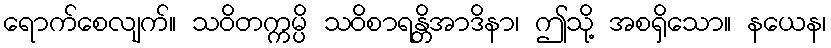
ရောက်စေလျက်။ သဝိတက္ကမ္ပိ သဝိစာရန္တိအာဒိနာ၊ ဤသို့ အစရှိသော။ နယေန၊